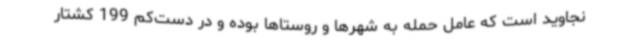
نجاوید است که عامل حمله به شهرها و روستاها بوده و در دست‌کم 199 کشتار